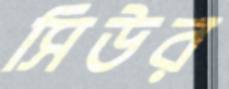
সিউর